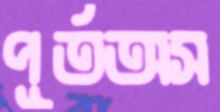
পূর্তঅস